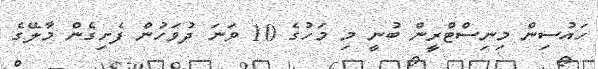
ހައުސިން މިނިސްޓްރީން ބުނީ މި މަހުގެ 10 ވަނަ ދުވަހުން ފެށިގެން މާލޭގެ